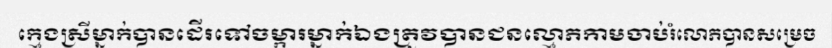
ក្មេងស្រីម្នាក់បានដើរទៅចម្ការម្នាក់ឯងត្រូវបានជនល្មោភកាមចាប់រំលោភបានសម្រេច